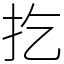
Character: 扢